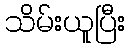
သိမ်းယူပြီး